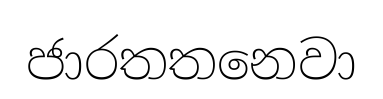
ජාරතතනෙවා